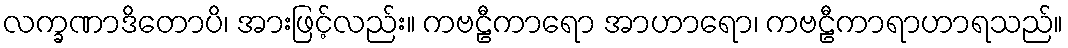
လက္ခဏာဒိတောပိ၊ အားဖြင့်လည်း။ ကဗဠီကာရော အာဟာရော၊ ကဗဠီကာရာဟာရသည်။